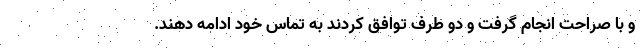
و با صراحت انجام گرفت و دو طرف توافق کردند به تماس خود ادامه دهند.